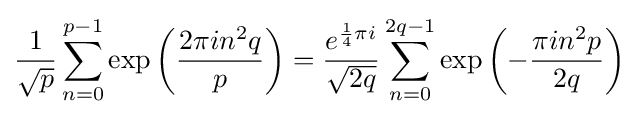
{\frac {1}{\sqrt {p}}}\sum _{n=0}^{p-1}\exp \left({\frac {2\pi in^{2}q}{p}}\right)={\frac {e^{{\frac {1}{4}}\pi i}}{\sqrt {2q}}}\sum _{n=0}^{2q-1}\exp \left(-{\frac {\pi in^{2}p}{2q}}\right)